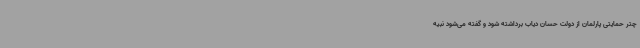
چتر حمایتی پارلمان از دولت حسان دیاب برداشته شود و گفته می‌شود نبیه